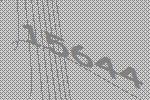
15644